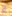
أو